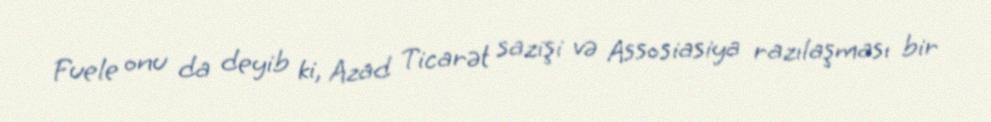
Fuele onu da deyib ki, Azad Ticarət sazişi və Assosiasiya razılaşması bir